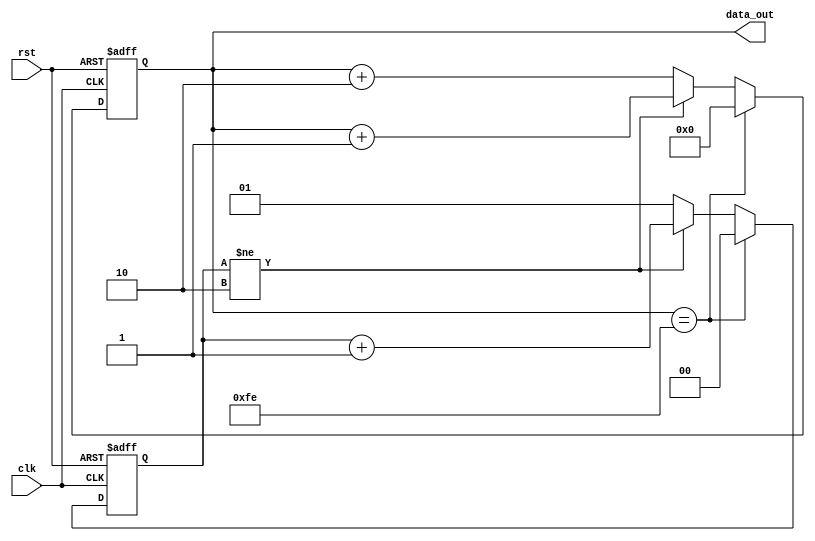
module skip_cnt(clk,rst,data_out);
input clk,rst;
output reg [8:0]data_out;
reg [1:0] small_cnt;

always@(posedge clk or posedge rst) begin
if(rst) begin
small_cnt <= 0;
data_out <=0;
end
else begin
// initialize both the counter to reset condition
 if (data_out == 8'd254) begin
small_cnt <= 0;
data_out <= 0;
end
// increament both the counter by 1
else if (small_cnt != 2'd2) begin 
/*t not equal to 254, then we check if the small counter is Not equal to 2, then we increament both the counter by 1
 so we simply add 1 to the small counter and 1 to the skip by three counter*/
small_cnt <= small_cnt + 8'd1;
data_out <= data_out + 8'd1;
end
else begin
// eqaul to 2 then
/* Rollover small counter back to 1
Increament 8-Bit counter by 2*/
small_cnt <= 8'd1;
data_out <= data_out + 8'd2;
end
end
end


endmodule